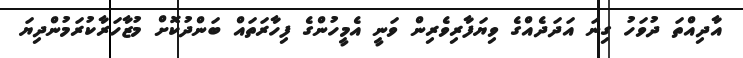
އާދިއްތަ ދުވަހު ގިނަ އަދަދެއްގެ ވިޔަފާރިވެރިން ވަނީ އެމީހުންގެ ފިހާރަތައް ބަންދުކޮށް މުޒާހަރާކުރަމުންދިޔަ